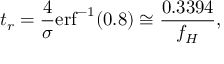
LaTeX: t _ { r } = { \frac { 4 } { \sigma } } { \mathrm { e r f } ^ { - 1 } ( 0 . 8 ) } \cong { \frac { 0 . 3 3 9 4 } { f _ { H } } } ,